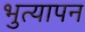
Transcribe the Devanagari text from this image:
भुत्यापन